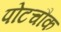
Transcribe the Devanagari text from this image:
पोटचौक